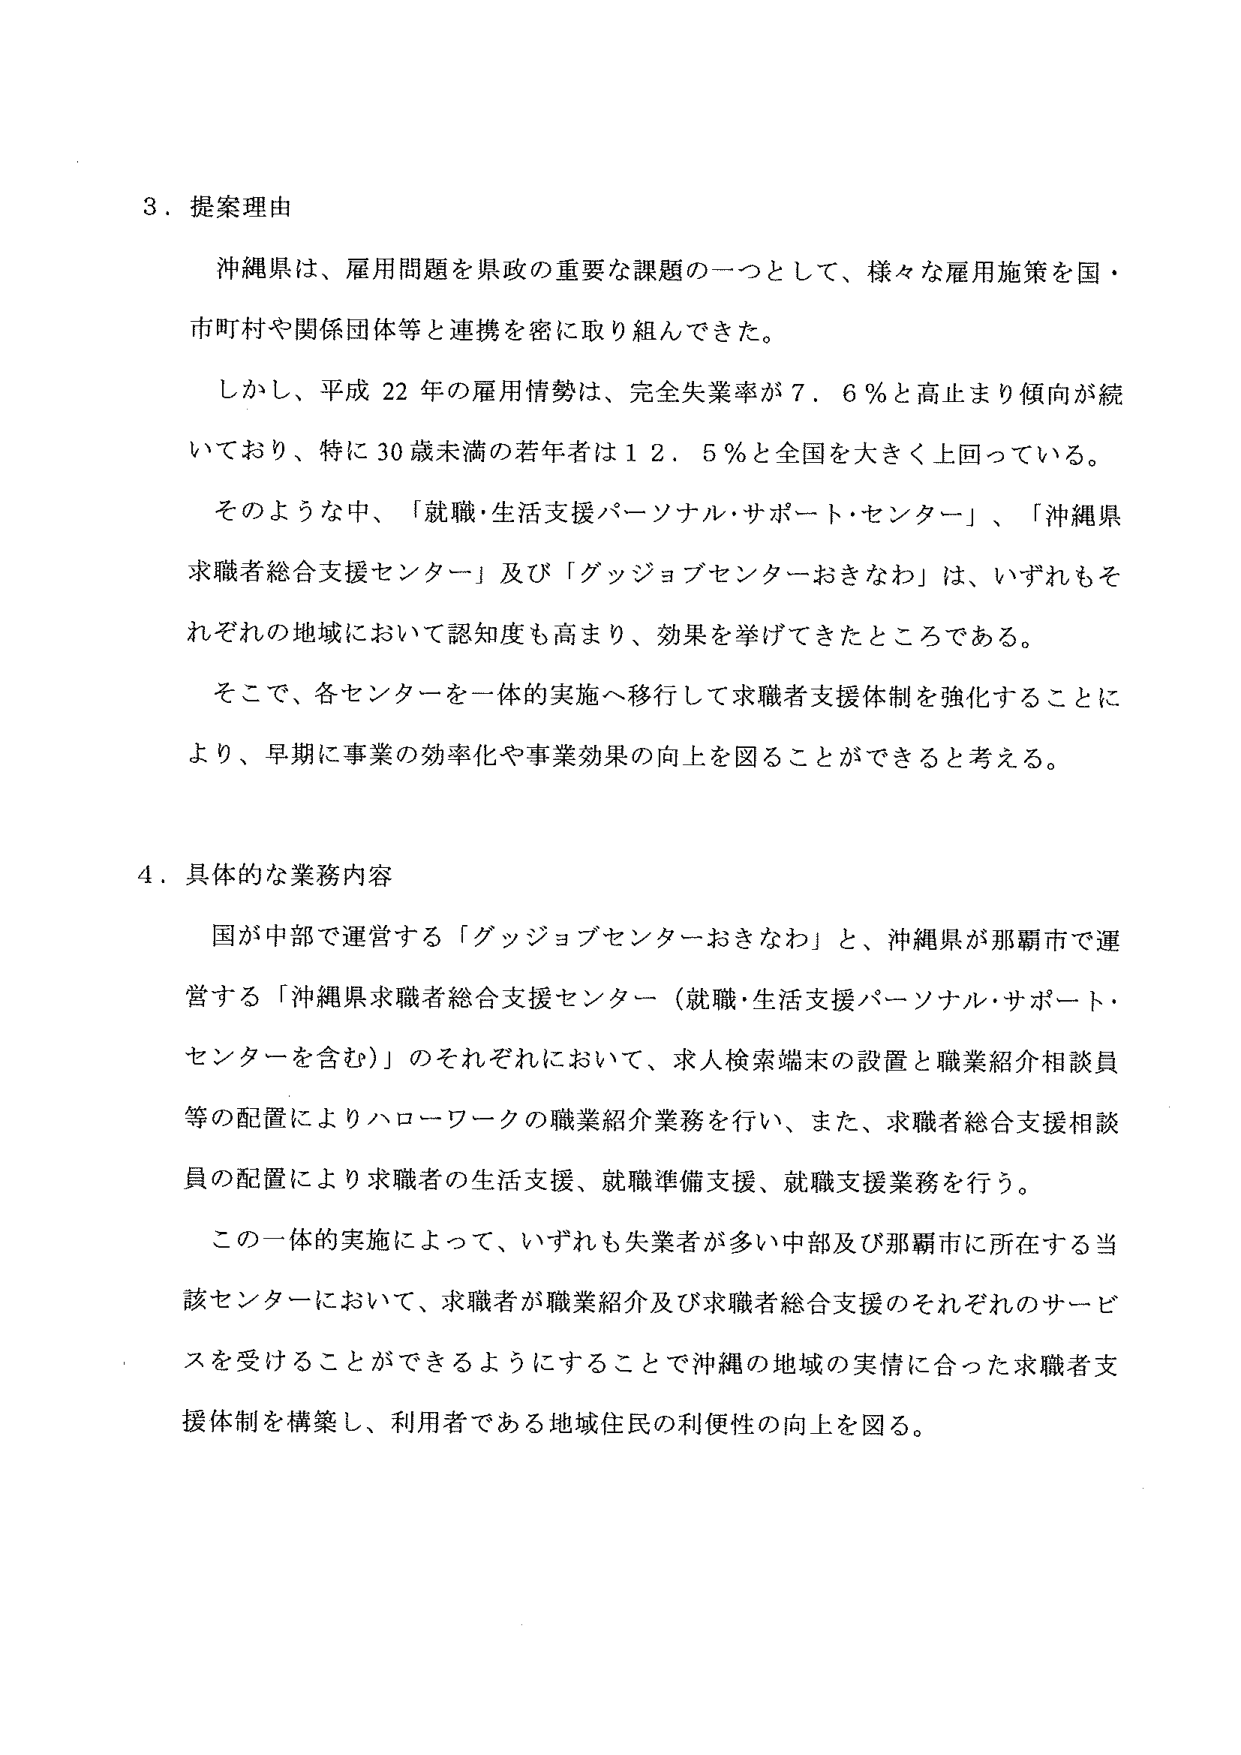
3．提案理由

沖縄県は、雇用問題を県政の重要な課題の一つとして、様々な雇用施策を国・市町村や関係団体等と連携を密に取り組んできた。

しかし、平成22年の雇用情勢は、完全失業率が7．6％と高止まり傾向が続いており、特に30歳未満の若年者は12．5％と全国を大きく上回っている。

そのような中、「就職・生活支援パーソナル・サポート・センター」、「沖縄県求職者総合支援センター」及び「グッジョブセンターおきなわ」は、いずれもそれぞれの地域において認知度も高まり、効果を挙げてきたところである。

そこで、各センターを一体的実施へ移行して求職者支援体制を強化することにより、早期に事業の効率化や事業効果の向上を図ることができると考える。

4．具体的な業務内容

国が中部で運営する「グッジョブセンターおきなわ」と、沖縄県が那覇市で運営する「沖縄県求職者総合支援センター（就職・生活支援パーソナル・サポート・センターを含む）」のそれぞれにおいて、求人検索端末の設置と職業紹介相談員等の配置によりハローワークの職業紹介業務を行い、また、求職者総合支援相談員の配置により求職者の生活支援、就職準備支援、就職支援業務を行う。

この一体的実施によって、いずれも失業者が多いう中部及び那覇市に所在する当該センターにおいて、求職者が職業紹介及び求職者総合支援のそれぞれのサービスを受けることができるようになることで沖縄の地域の実情に合った求職者支援体制を構築し、利用者である地域住民の利便性の向上を図る。